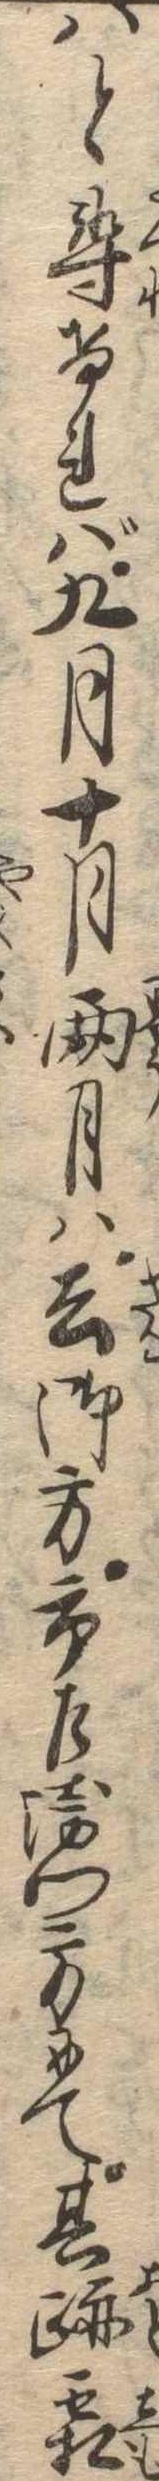
はと尋ければ九月十月両月は去御方市左衛門方にて其跡霜